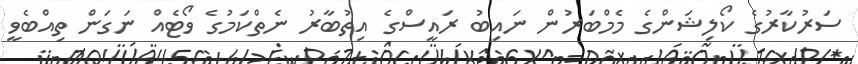
ސަރުކާރުގެ ކޯލިޝަންގެ މެމްބަރުން ނައިބު ރައީސްގެ އިތުބާރު ނެތްކަމުގެ ވޯޓެއް ނަގަން ތިއްބެވީ